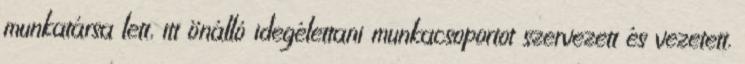
munkatársa lett, itt önálló idegélettani munkacsoportot szervezett és vezetett.